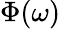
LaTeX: \Phi(\omega)